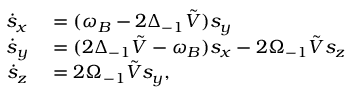
\begin{array} { r l } { \dot { s } _ { x } } & { { } = ( \omega _ { B } - 2 \Delta _ { - 1 } \tilde { V } ) s _ { y } } \\ { \dot { s } _ { y } } & { { } = ( 2 \Delta _ { - 1 } \tilde { V } - \omega _ { B } ) s _ { x } - 2 \Omega _ { - 1 } \tilde { V } s _ { z } } \\ { \dot { s } _ { z } } & { { } = 2 \Omega _ { - 1 } \tilde { V } s _ { y } , } \end{array}